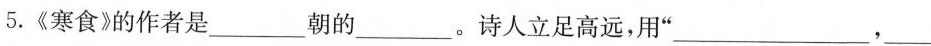
5.《寒食》的作者是___朝的___。诗人立足高远，用”___，___